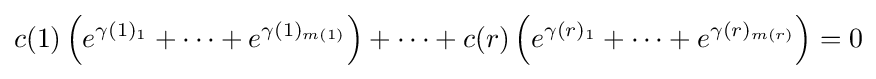
c(1)\left(e^{\gamma (1)_{1}}+\cdots +e^{\gamma (1)_{m(1)}}\right)+\cdots +c(r)\left(e^{\gamma (r)_{1}}+\cdots +e^{\gamma (r)_{m(r)}}\right)=0